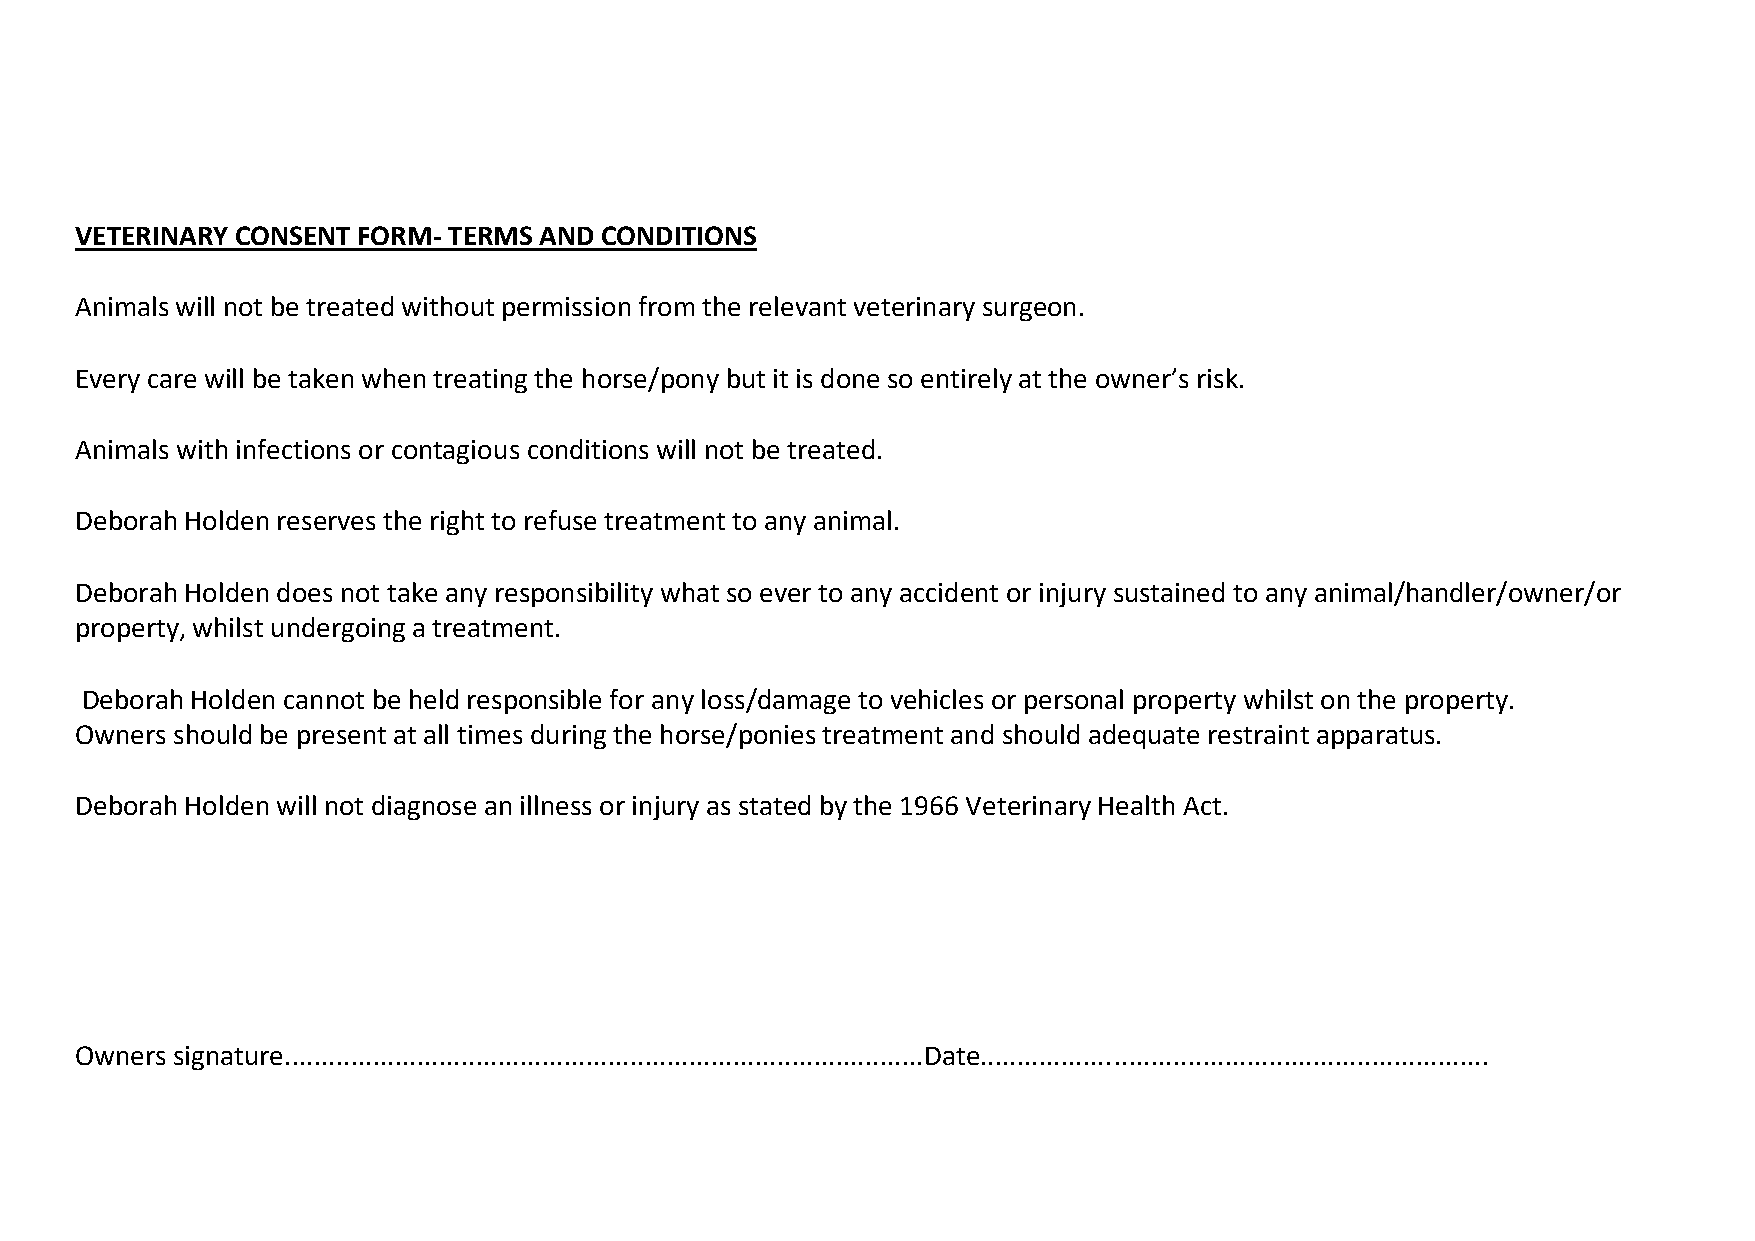
VETERINARY CONSENT FORM- TERMS AND CONDITIONS
 Animals will not be treated without permission from the relevant veterinary surgeon.
 Every care will be taken when treating the horse/pony but it is done so entirely at the owner’s risk.
 Animals with infections or contagious conditions will not be treated.
 Deborah Holden reserves the right to refuse treatment to any animal.
 Deborah Holden does not take any responsibility what so ever to any accident or injury sustained to any animal/handler/owner/or
 property, whilst undergoing a treatment.
 Deborah Holden cannot be held responsible for any loss/damage to vehicles or personal property whilst on the property.
 Owners should be present at all times during the horse/ponies treatment and should adequate restraint apparatus.
 Deborah Holden will not diagnose an illness or injury as stated by the 1966 Veterinary Health Act.
 Owners signature.......................................................................................Date.....................................................................